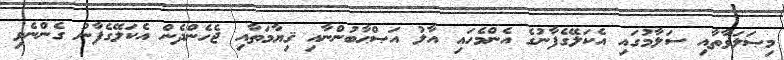
މިޞަލަވާތާއި ސަލާމުގައި އެކަލޭގެފާނުގެ އެންމެހައި އާލު އަޞްޙާބުންނާއި ޤިޔާމަތާއި ޖެހެންދެން އެކަލޭގެފާނު ގެންނެވި